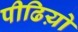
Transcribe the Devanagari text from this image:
पीढिय़ो